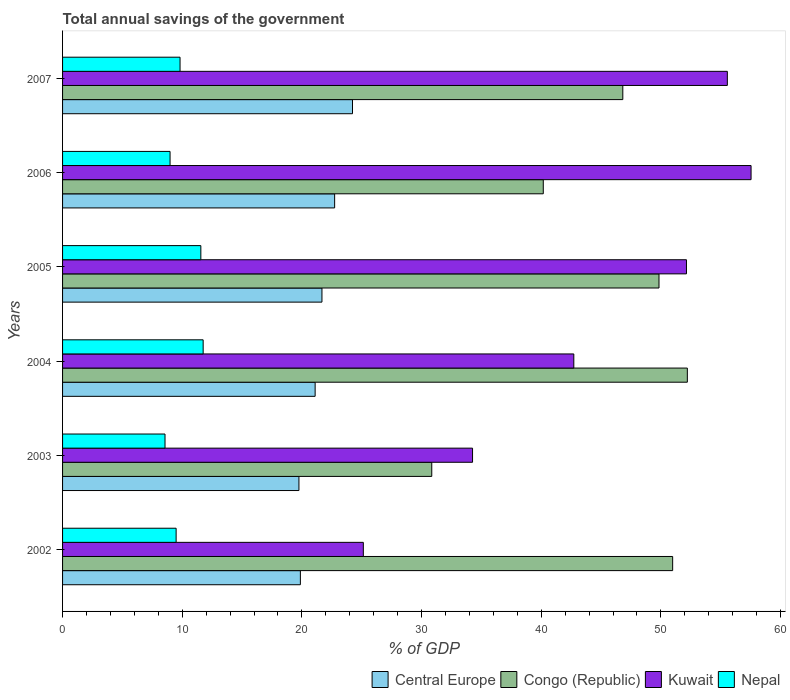
| Years | Central Europe | Congo (Republic) | Kuwait | Nepal |
 | --- | --- | --- | --- | --- |
 | 2002 | 19.9 | 51 | 25.1 | 9.49 |
 | 2003 | 19.8 | 30.9 | 34.3 | 8.56 |
 | 2004 | 21.1 | 52.2 | 42.7 | 11.7 |
 | 2005 | 21.7 | 49.8 | 52.1 | 11.6 |
 | 2006 | 22.7 | 40.2 | 57.5 | 8.98 |
 | 2007 | 24.2 | 46.8 | 55.6 | 9.82 |